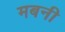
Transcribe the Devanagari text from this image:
मबनी